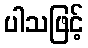
ပါသဖြင့်